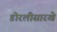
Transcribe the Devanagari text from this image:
डोरलीसारखे